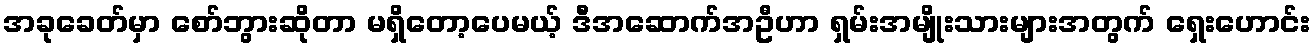
အခုခေတ်မှာ စော်ဘွားဆိုတာ မရှိတော့ပေမယ့် ဒီအဆောက်အဦဟာ ရှမ်းအမျိုးသားများအတွက် ရှေးဟောင်း